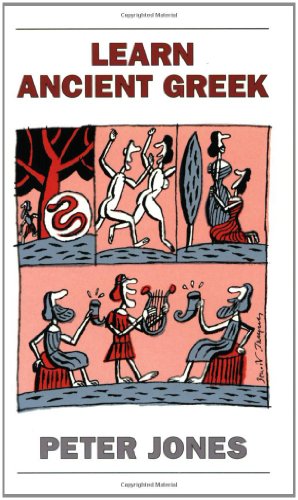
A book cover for Learn Ancient Greek (Greek and Latin Language); Peter Jones; Literature & Fiction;